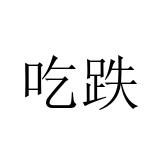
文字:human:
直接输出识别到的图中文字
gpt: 吃跌